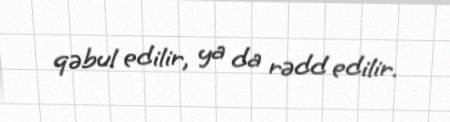
qəbul edilir, ya da rədd edilir.